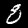
Label: 8